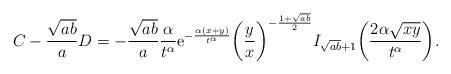
LaTeX: \begin{align*} &C-\frac{\sqrt{ab}}{a}D=-\frac{\sqrt{ab}}{a}\frac{\alpha}{t^\alpha}\mathrm{e}^{-\frac{\alpha(x+y)}{t^\alpha}}\bigg(\frac yx\bigg)^{-\frac{1+\sqrt{ab}}{2}}I_{\sqrt{ab}+1}\bigg(\frac{2\alpha\sqrt{xy}}{t^\alpha}\bigg). \end{align*}